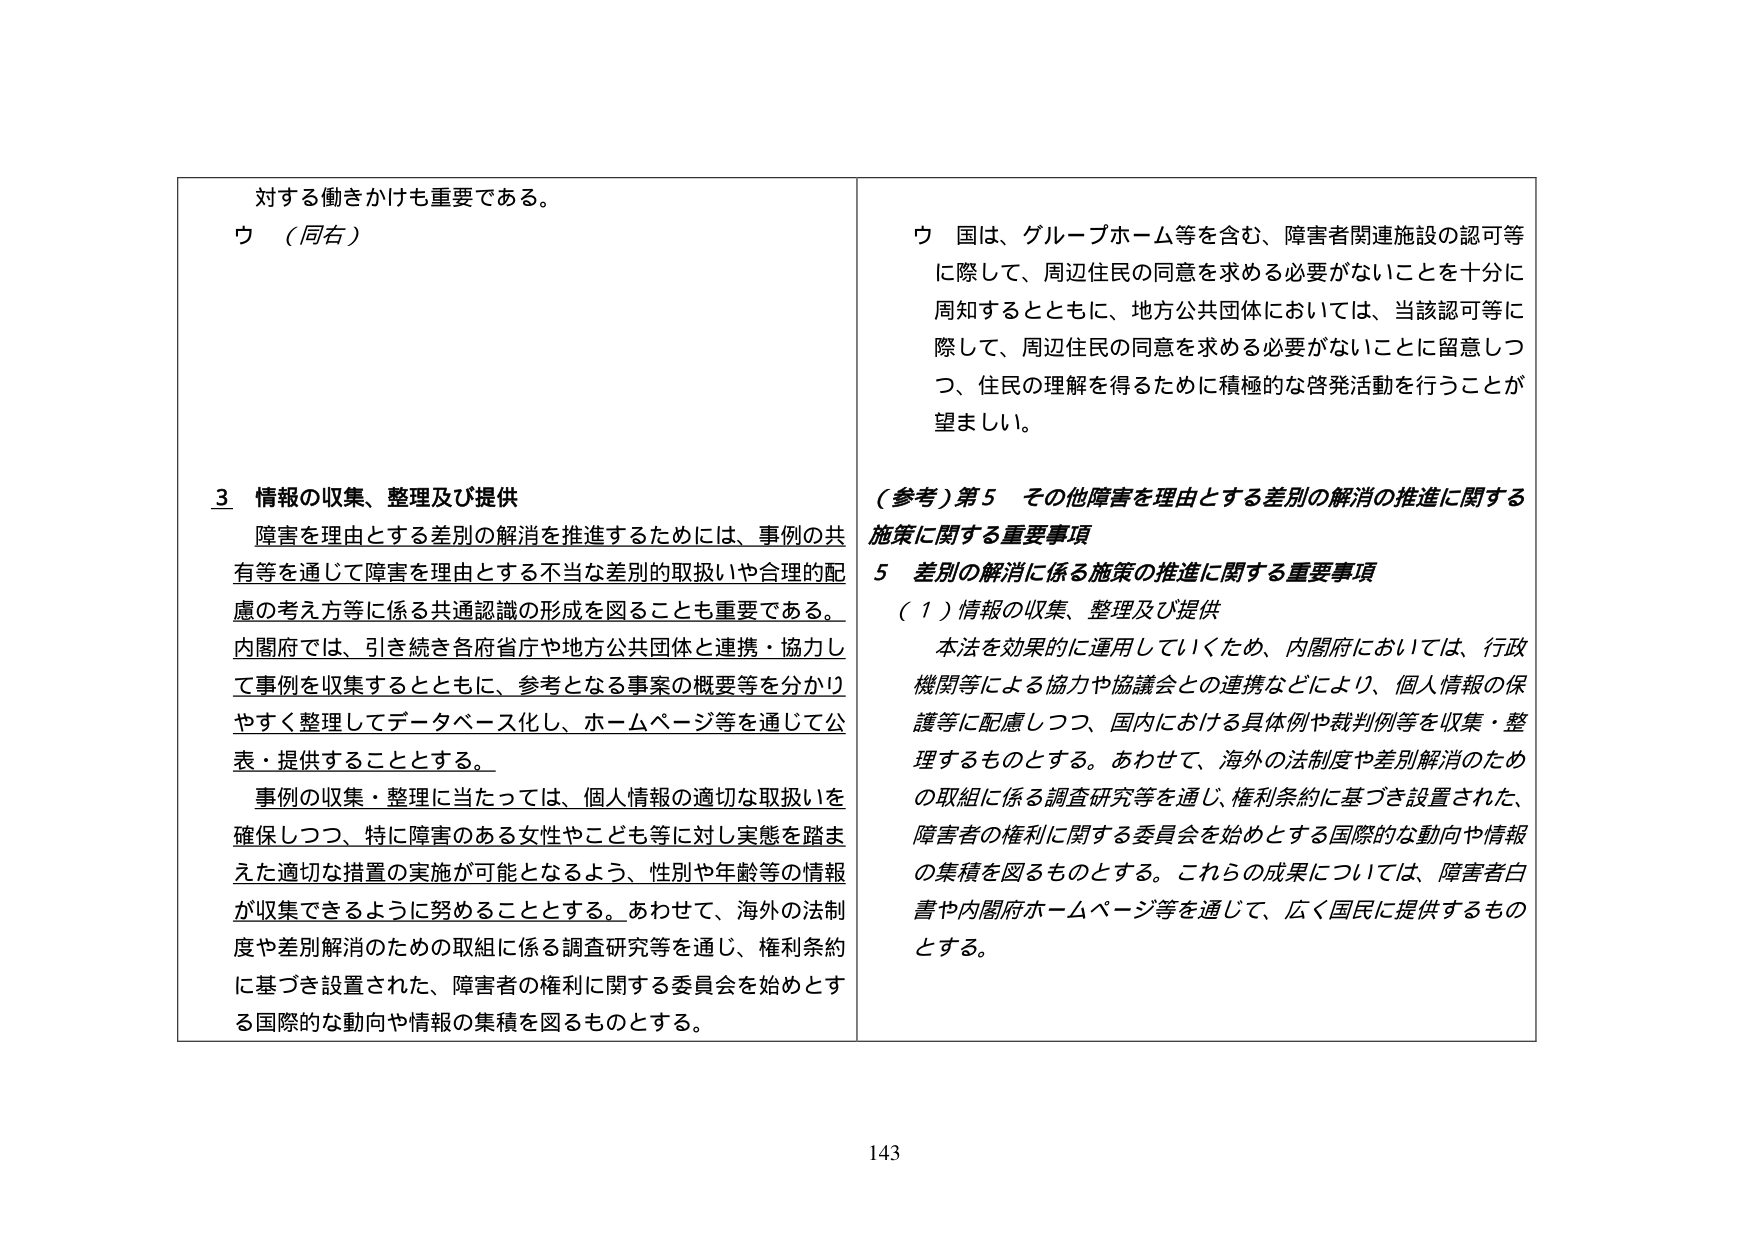
対する働きかけも重要である。
ウ （同右）

3 情報の収集、整理及び提供
障害を理由とする差別の解消を推進するためには、事例の共有等を通じて障害を理由とする不当な差別の取扱いや合理的配慮の考え方等に係る共通認識の形成を図ることも重要である。
内閣府では、引き続き各府省庁や地方公共団体と連携・協力して事例を収集するとともに、参考となる事案の概要等を分かりやすく整理してデータベース化し、ホームページ等を通じて公表・提供することとする。
事例の収集・整理に当たっては、個人情報の適切な取扱いを確保しつつ、特に障害のある女性やこども等に対し実態を踏まえた適切な措置の実施が可能となるよう、性別や年齢等の情報が収集できるように努めることとする。あわせて、海外の法制度や差別解消のための取組に係る調査研究等を通じ、権利条約に基づき設置された、障害者の権利に関する委員会を始めとする国際的な動向や情報の集積を図るものとする。

ウ 国は、グループホーム等を含む、障害者関連施設の認可等に際して、周辺住民の同意を求める必要がないことを十分に周知するとともに、地方公共団体においては、当該認可等に際して、周辺住民の同意を求める必要がないことに留意しつつ、住民の理解を得るために積極的な啓発活動を行うことが望ましい。

（参考）第5 その他障害を理由とする差別の解消の推進に関する施策に関する重要事項
5 差別の解消に係る施策の推進に関する重要事項
（1）情報の収集、整理及び提供
本法を効果的に運用していくため、内閣府においては、行政機関等による協力や協議会との連携などにより、個人情報の保護等に配慮しつつ、国内における具体例や裁判例等を収集・整理するものとする。あわせて、海外の法制度や差別解消のための取組に係る調査研究等を通じ、権利条約に基づき設置された、障害者の権利に関する委員会を始めとする国際的な動向や情報の集積を図るものとする。これららの成果については、障害者白書や内閣府ホームページ等を通じて、広く国民に提供するものとする。

143